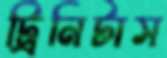
ট্রিনিটাস